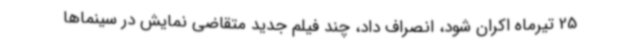
25 تیرماه اکران شود، انصراف داد، چند فیلم جدید متقاضی نمایش در سینماها